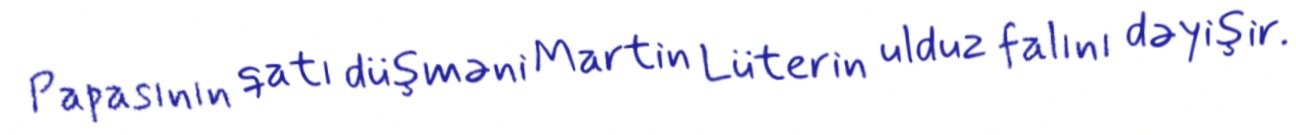
Papasının qatı düşməni Martin Lüterin ulduz falını dəyişir.